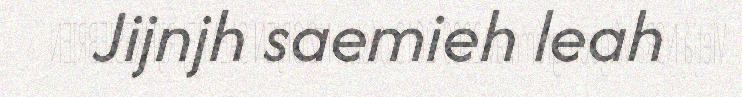
Jijnjh saemieh leah